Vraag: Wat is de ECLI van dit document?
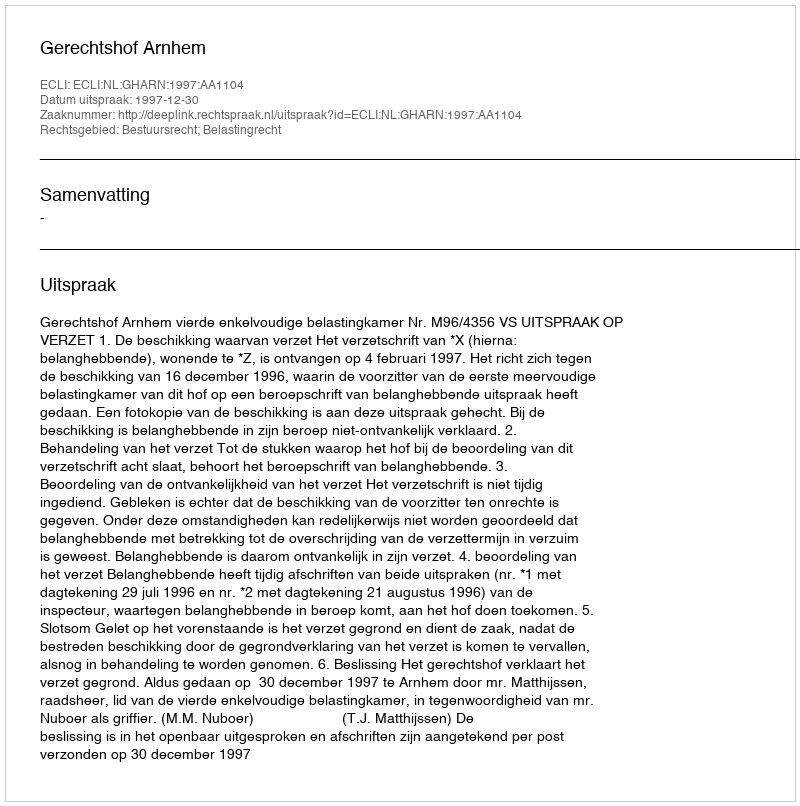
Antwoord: ECLI:NL:GHARN:1997:AA1104